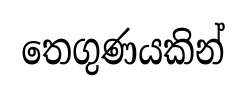
තෙගුණයකින්